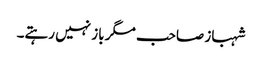
شہباز صاحب مگر باز نہیں رہتے۔